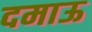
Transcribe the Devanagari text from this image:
दमाऊ